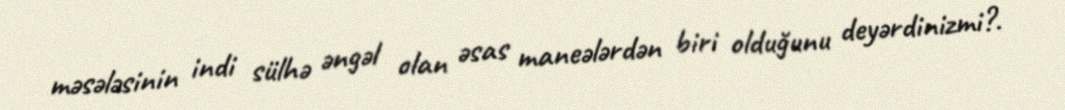
məsələsinin indi sülhə əngəl olan əsas maneələrdən biri olduğunu deyərdinizmi?.